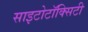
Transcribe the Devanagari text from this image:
साइटोटॉक्सिटी